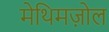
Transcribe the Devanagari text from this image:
मेथिमज़ोल